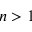
n > 1